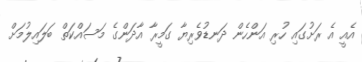
އެއީ އެ ރަށުގައި ހުރި އަންހެން ދަނޑުވެރިޔާ ގަމީރާ އާދަންގެ މަސައްކަތް ބަލައިލުމަށް